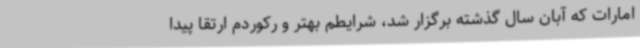
امارات که آبان سال گذشته برگزار شد، شرایطم بهتر و رکوردم ارتقا پیدا